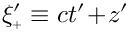
\xi _ { { \scriptscriptstyle + } } ^ { \prime } \equiv c t ^ { \prime } \! + \! z ^ { \prime }